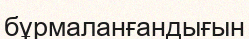
бұрмаланғандығын